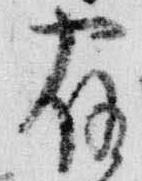
宿